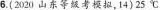
6.(2020山东等级考模拟，14)25℃